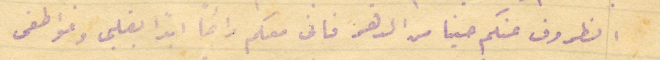
الظروف عنكم حينا من الدهر فانى معكم دائمًا ابدًا بقلبي وعواطفى